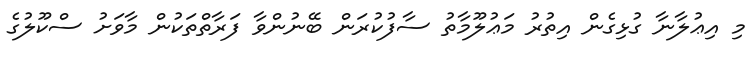
މި އިޢުލާނާ ގުޅިގެން އިތުރު މަޢުލޫމާތު ސާފުކުރަން ބޭނުންވާ ފަރާތްތަކުން މާވަށު ސްކޫލުގެ